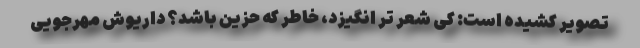
تصویر کشیده است: کِی شعر تر انگیزد، خاطر که حزین باشد؟ داریوش مهرجویی